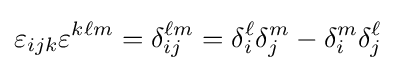
\varepsilon _{ijk}\varepsilon ^{k\ell m}=\delta _{ij}^{\ell m}=\delta _{i}^{\ell }\delta _{j}^{m}-\delta _{i}^{m}\delta _{j}^{\ell }